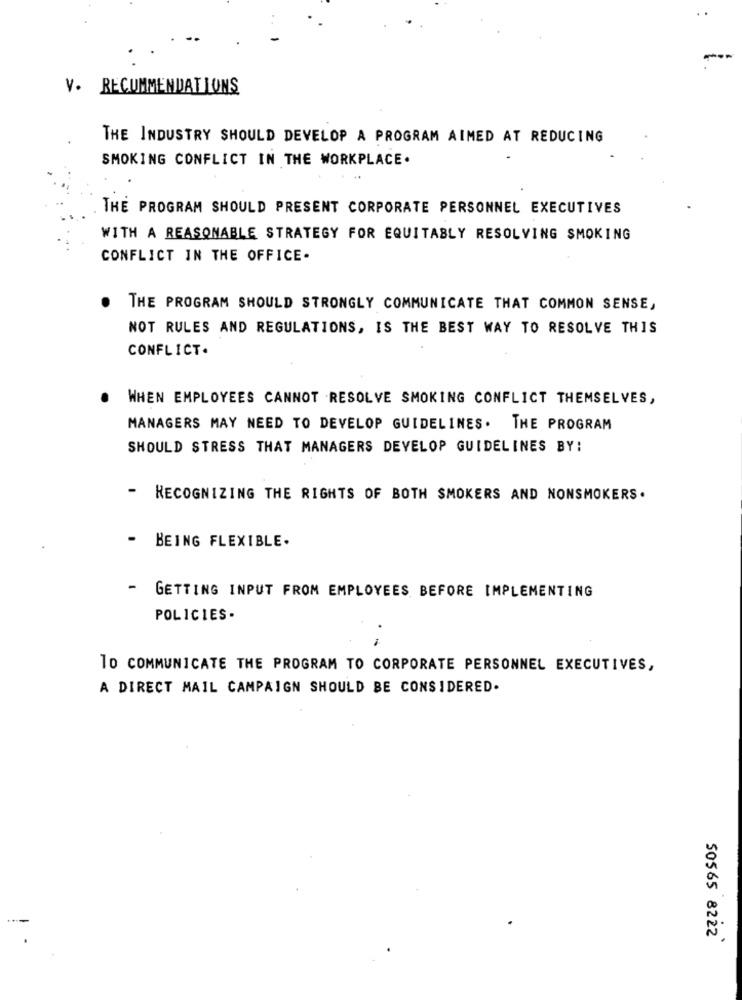
V. RECOMMENDATIONS
THE INDUSTRY SHOULD DEVELOP A PROGRAM AIMED AT REDUCING
SMOKING CONFLICT IN THE WORKPLACE.
THE PROGRAM SHOULD PRESENT CORPORATE PERSONNEL EXECUTIVES
WITH A REASONABLE STRATEGY FOR EQUITABLY RESOLVING SMOKING
CONFLICT IN THE OFFICE-
.
THE PROGRAM SHOULD STRONGLY COMMUNICATE THAT COMMON SENSE,
NOT RULES AND REGULATIONS, IS THE BEST WAY TO RESOLVE THIS
CONFLICT.
WHEN EMPLOYEES CANNOT RESOLVE SMOKING CONFLICT THEMSELVES,
MANAGERS MAY NEED TO DEVELOP GUIDELINES. THE PROGRAM
SHOULD STRESS THAT MANAGERS DEVELOP GUIDELINES BY:
-
RECOGNIZING THE RIGHTS OF BOTH SMOKERS AND NONSMOKERS.
BEING FLEXIBLE.
- GETTING INPUT FROM EMPLOYEES BEFORE IMPLEMENTING
POLICIES-
TO COMMUNICATE THE PROGRAM TO CORPORATE PERSONNEL EXECUTIVES,
A DIRECT MAIL CAMPAIGN SHOULD BE CONSIDERED.
50565 8222